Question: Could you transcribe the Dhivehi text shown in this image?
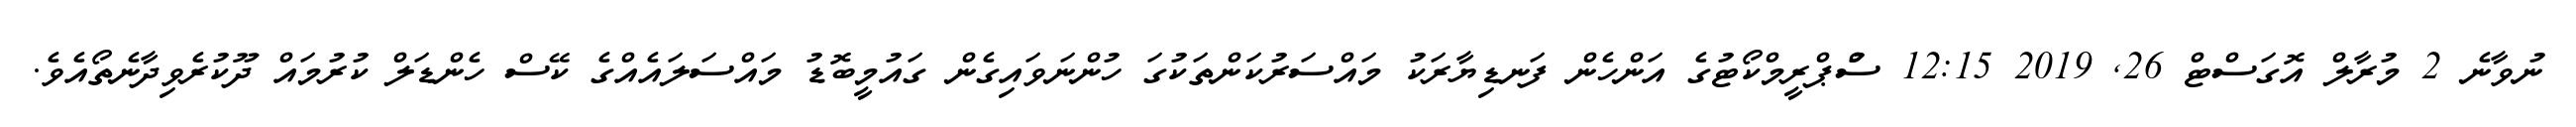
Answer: ނުވާނެ 2 މުރާލް އޮގަސްޓް 26, 2019 12:15 ސުްޕްރީމްކޯޓުގެ އަންހެން ފަނޑިޔާރަކު މައްސަރުކަންތަކުގަ ހުންނަވައިގެން ގައުމީބޮޑު މައްސަލައެއްގެ ކޭސް ހެންޑަލް ކުރުމައް ދޫކުރެވިދާނެތޯއެވެ.